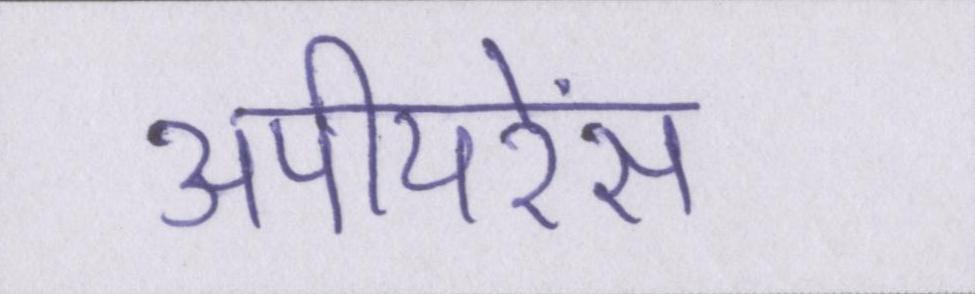
अपीयरेंस